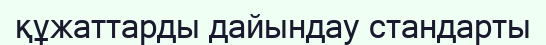
құжаттарды дайындау стандарты